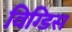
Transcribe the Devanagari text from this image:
विग्डिस